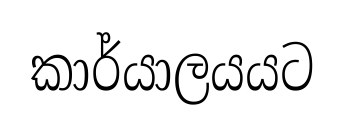
කාර්යාලයයට